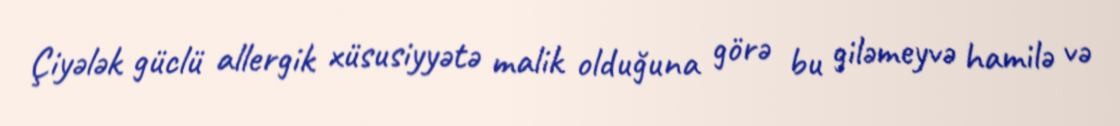
Çiyələk güclü allergik xüsusiyyətə malik olduğuna görə bu giləmeyvə hamilə və